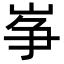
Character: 𡸵